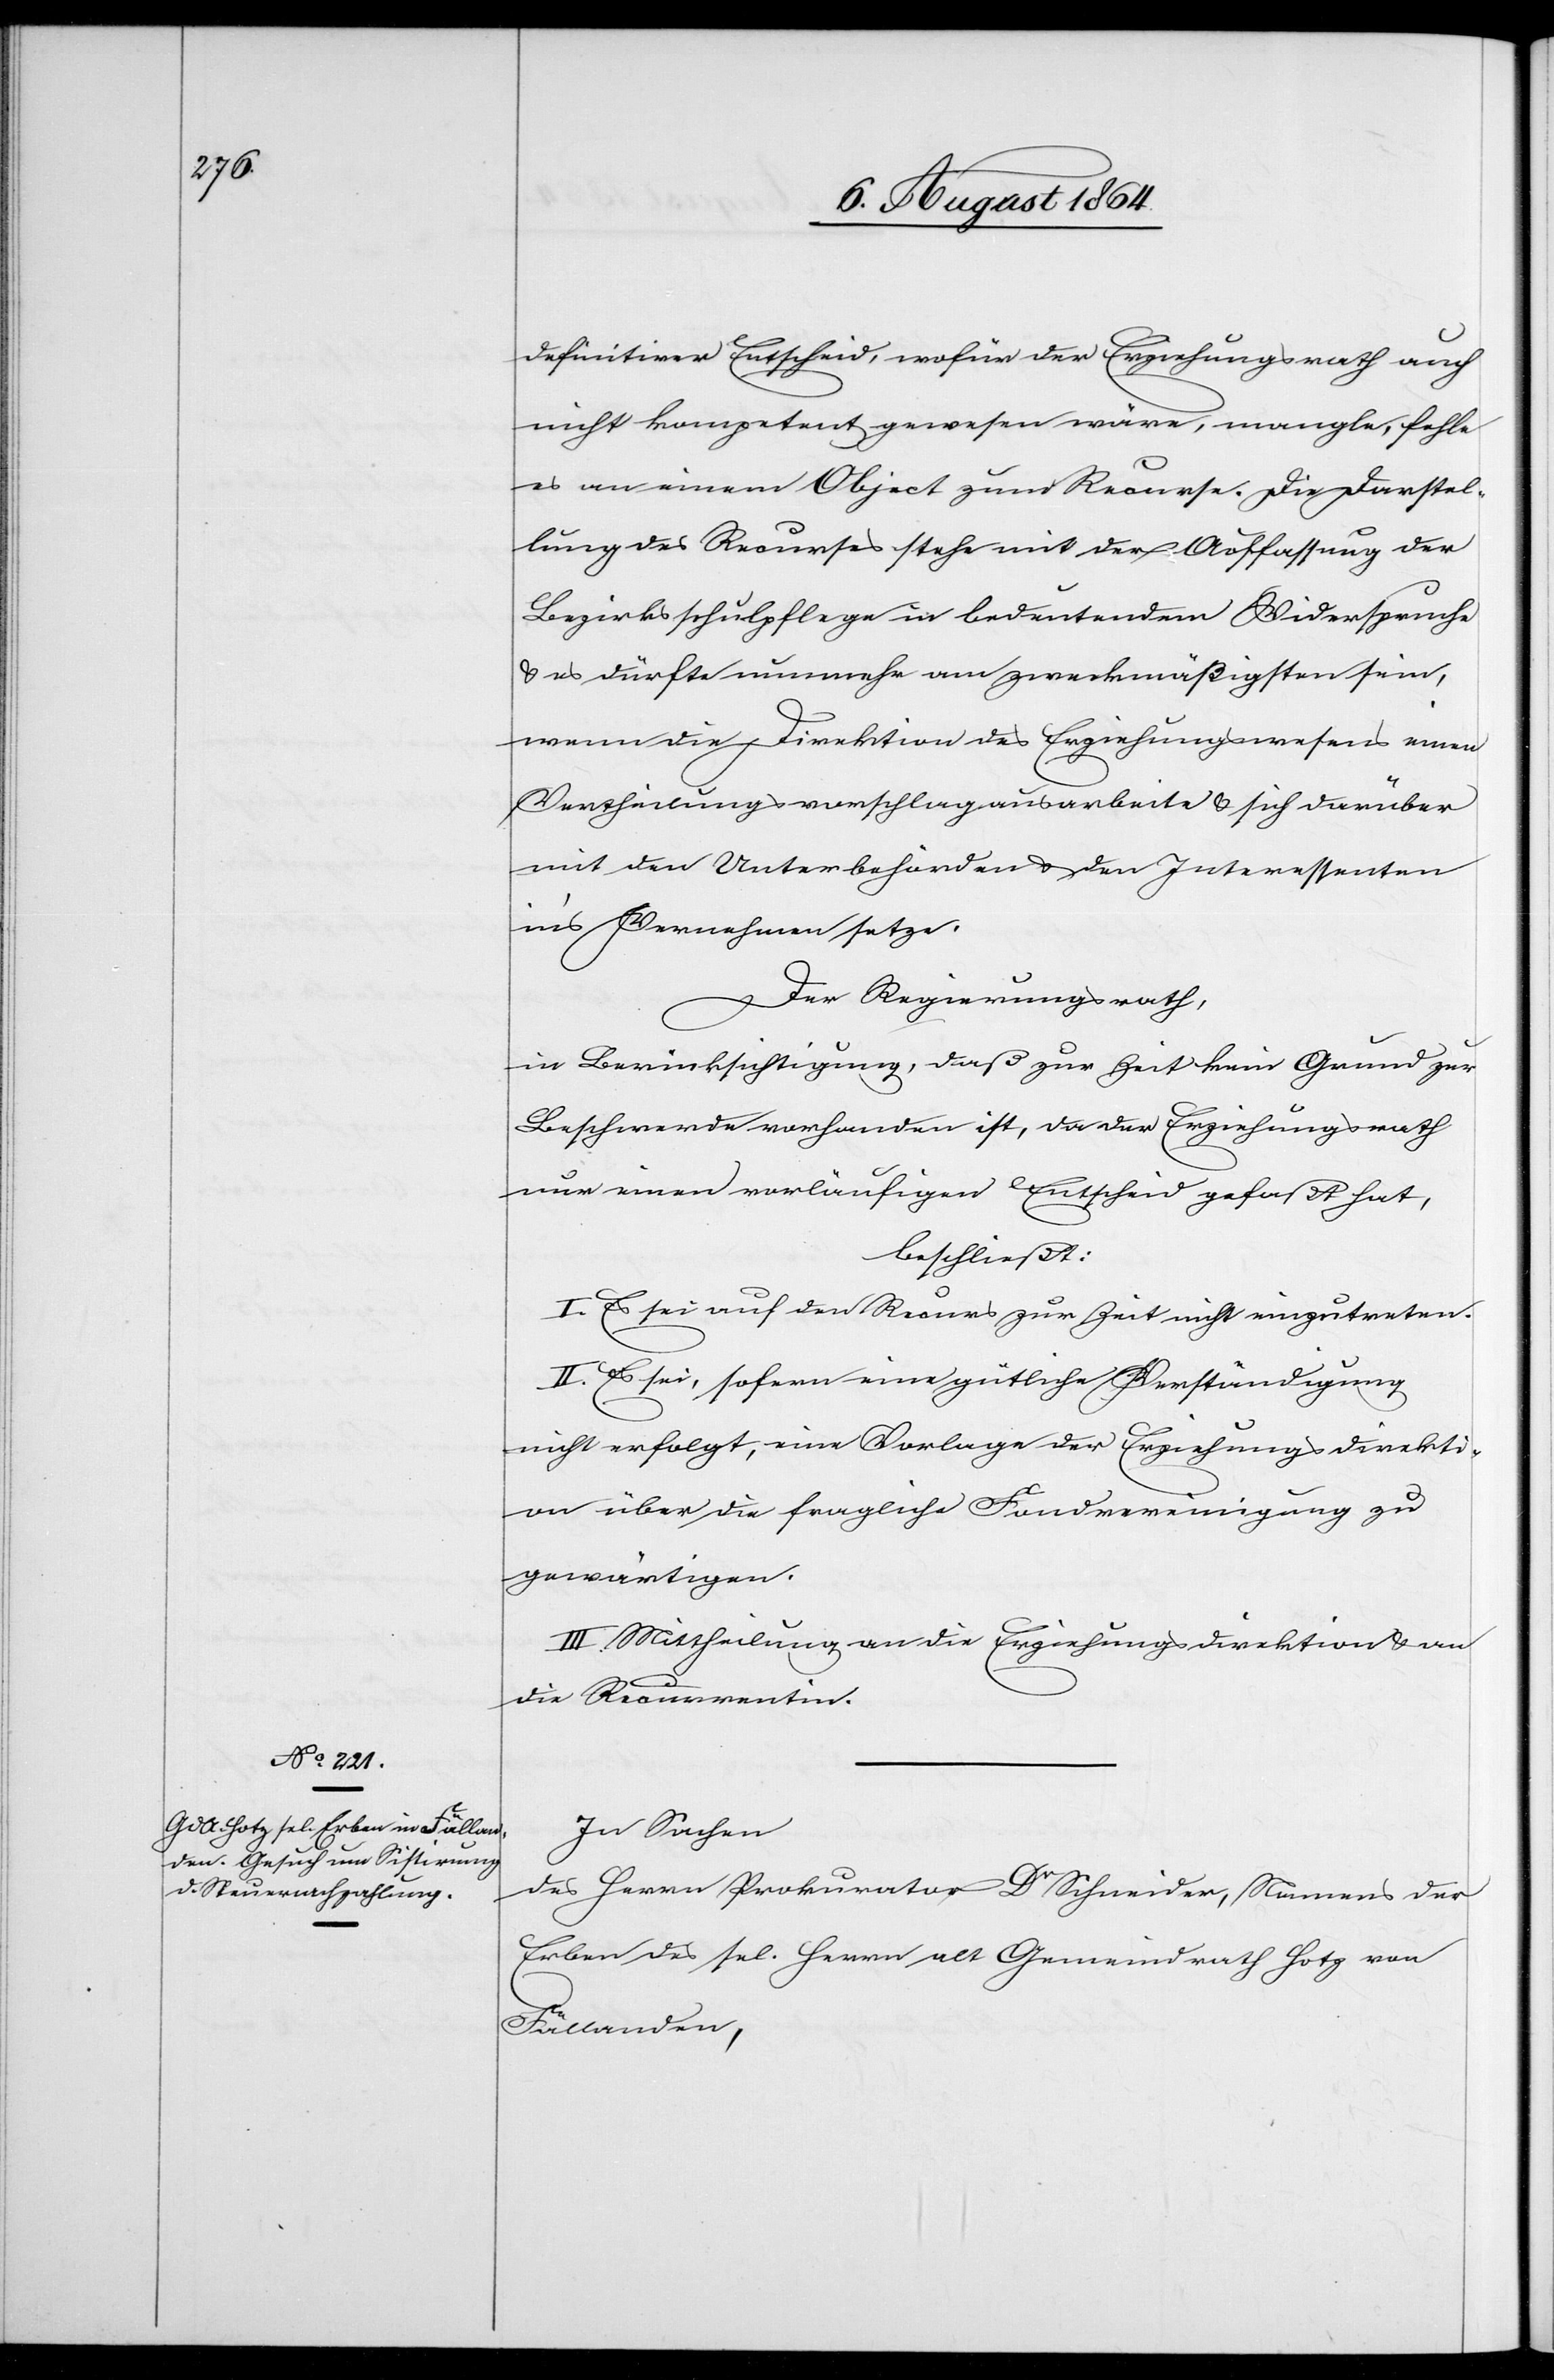
definitiver Entscheid, wofür der Erziehungsrath auch
nicht kompetent gewesen wäre, mangle, fehle
es an einem Object zum Recurse. Die Darstel¬
lung des Recurses stehe mit der Auffassung der
Bezirksschulpflege in bedeutendem Widerspruche
& es dürfte nunmehr am zweckmäßigsten sein,
wenn die Direktion des Erziehungswesens einen
Vertheilungsvorschlag ausarbeite & sich darüber
mit den Unterbehörden & den Interessenten
in’s Vernehmen setze.
Der Regierungsrath,
in Berücksichtigung, daß zur Zeit kein Grund zur
Beschwerde vorhanden ist, da der Erziehungsrath
nur einen vorläufigen Entscheid gefaßt hat,
beschließt:
I. Es sei auf den Recurs zur Zeit nicht einzutreten.
II. Es sei, sofern eine gütliche Verständigung
nicht erfolgt, eine Vorlage der Erziehungsdirekti¬
on über die fragliche Fondvereinigung zu
gewärtigen.
III. Mittheilung an die Erziehungsdirektion & an
die Recurrentin.
In Sachen
des Herrn Prokurator Dr Schneider, Namens der
Erben des sel. Herrn alt Gemeindrath Hotz von
Fällanden,